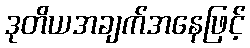
ဒုတိယအချက်အနေဖြင့်